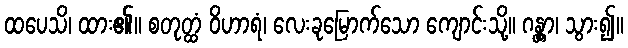
ထပေသိ၊ ထား၏။ စတုတ္ထံ ဝိဟာရံ၊ လေးခုမြောက်သော ကျောင်းသို့။ ဂန္တွာ၊ သွား၍။